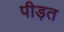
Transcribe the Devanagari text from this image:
पीड़त